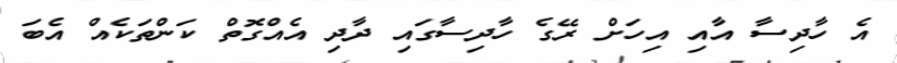
އެ ހާދިސާ އާއި އިހަށް ރޭގެ ހާދިސާގައި ދާދި އެއްގޮތް ކަންތަކެއް އެބަ